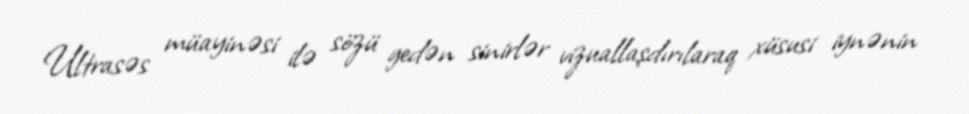
Ultrasəs müayinəsi ilə sözü gedən sinirlər vizuallaşdırılaraq xüsusi iynənin